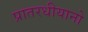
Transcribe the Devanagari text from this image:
प्रातरधीयानो